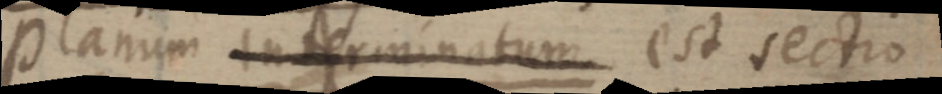
Planum interminatum est sectio